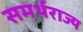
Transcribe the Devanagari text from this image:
समर्थराज्य